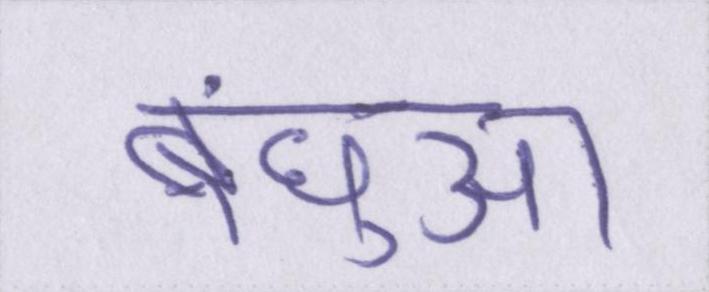
बंधुआ